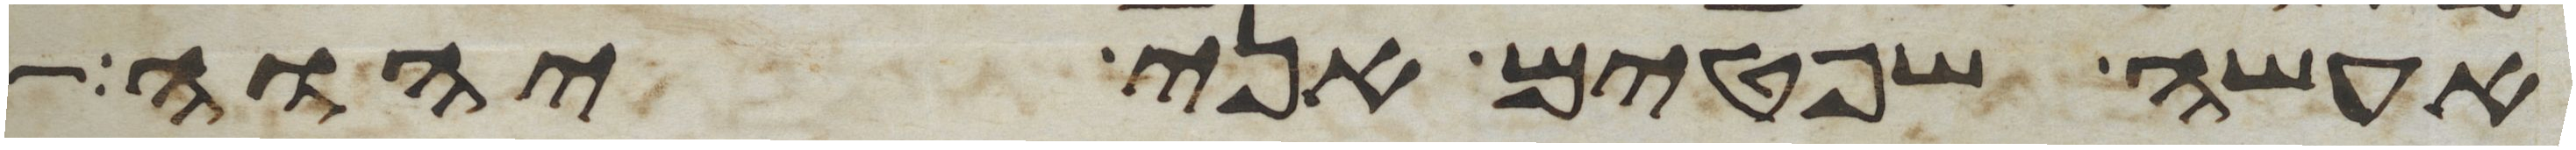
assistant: אעשה שפטים אני יהוה